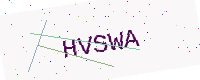
Text: HVSWA